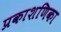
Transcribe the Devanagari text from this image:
प्रकाशणिका